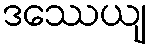
ဒဿေယျ